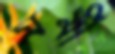
মর্মী